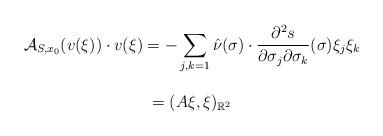
LaTeX: \begin{align*}\begin{array}{c}\displaystyle{\cal A}_{S,x_0}(v(\xi))\cdot v(\xi)=-\sum_{j,k=1}\hat{\nu}(\sigma)\cdot\frac{\partial^2 s}{\partial\sigma_j\partial\sigma_k}(\sigma)\xi_j\xi_k\\\\\displaystyle=(A\xi,\xi)_{{\Bbb R}^2}\end{array}\end{align*}